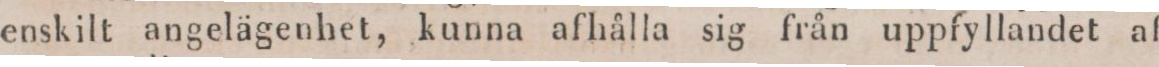
enskilt angelägenhet, kunna afhålla sig från uppfyllandet af